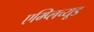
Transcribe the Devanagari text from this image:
एम्प्लिच्यूड